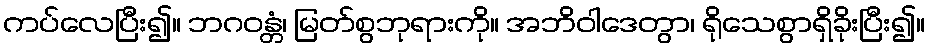
ကပ်လေပြီး၍။ ဘဂဝန္တံ၊ မြတ်စွဘုရားကို။ အဘိဝါဒေတွာ၊ ရိုသေစွာရှိခိုးပြီး၍။